Civil Veterinary Dept. Bombay admin report 1907-1913 - 1907-1913
Year: 1907
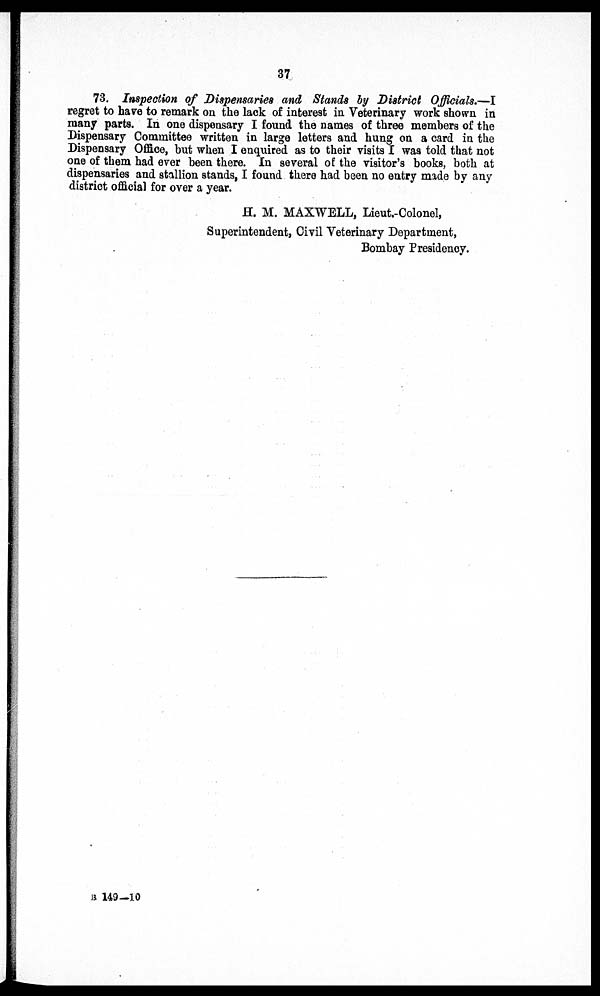
37
73. Inspection of Dispensaries and Stands by District Officials.—I
regret to have to remark on the lack of interest in Veterinary work shown in
many parts. In one dispensary I found the names of three members of the
Dispensary Committee written in large letters and hung on a card in the
Dispensary Office, but when I enquired as to their visits I was told that not
one of them had ever been there. In several of the visitor's books, both at
dispensaries and stallion stands, I found there had been no entry made by any
district official for over a year.
H. M. MAXWELL, Lieut.-Colonel,
Superintendent, Civil Veterinary Department,
Bombay Presidency.
B 149—10